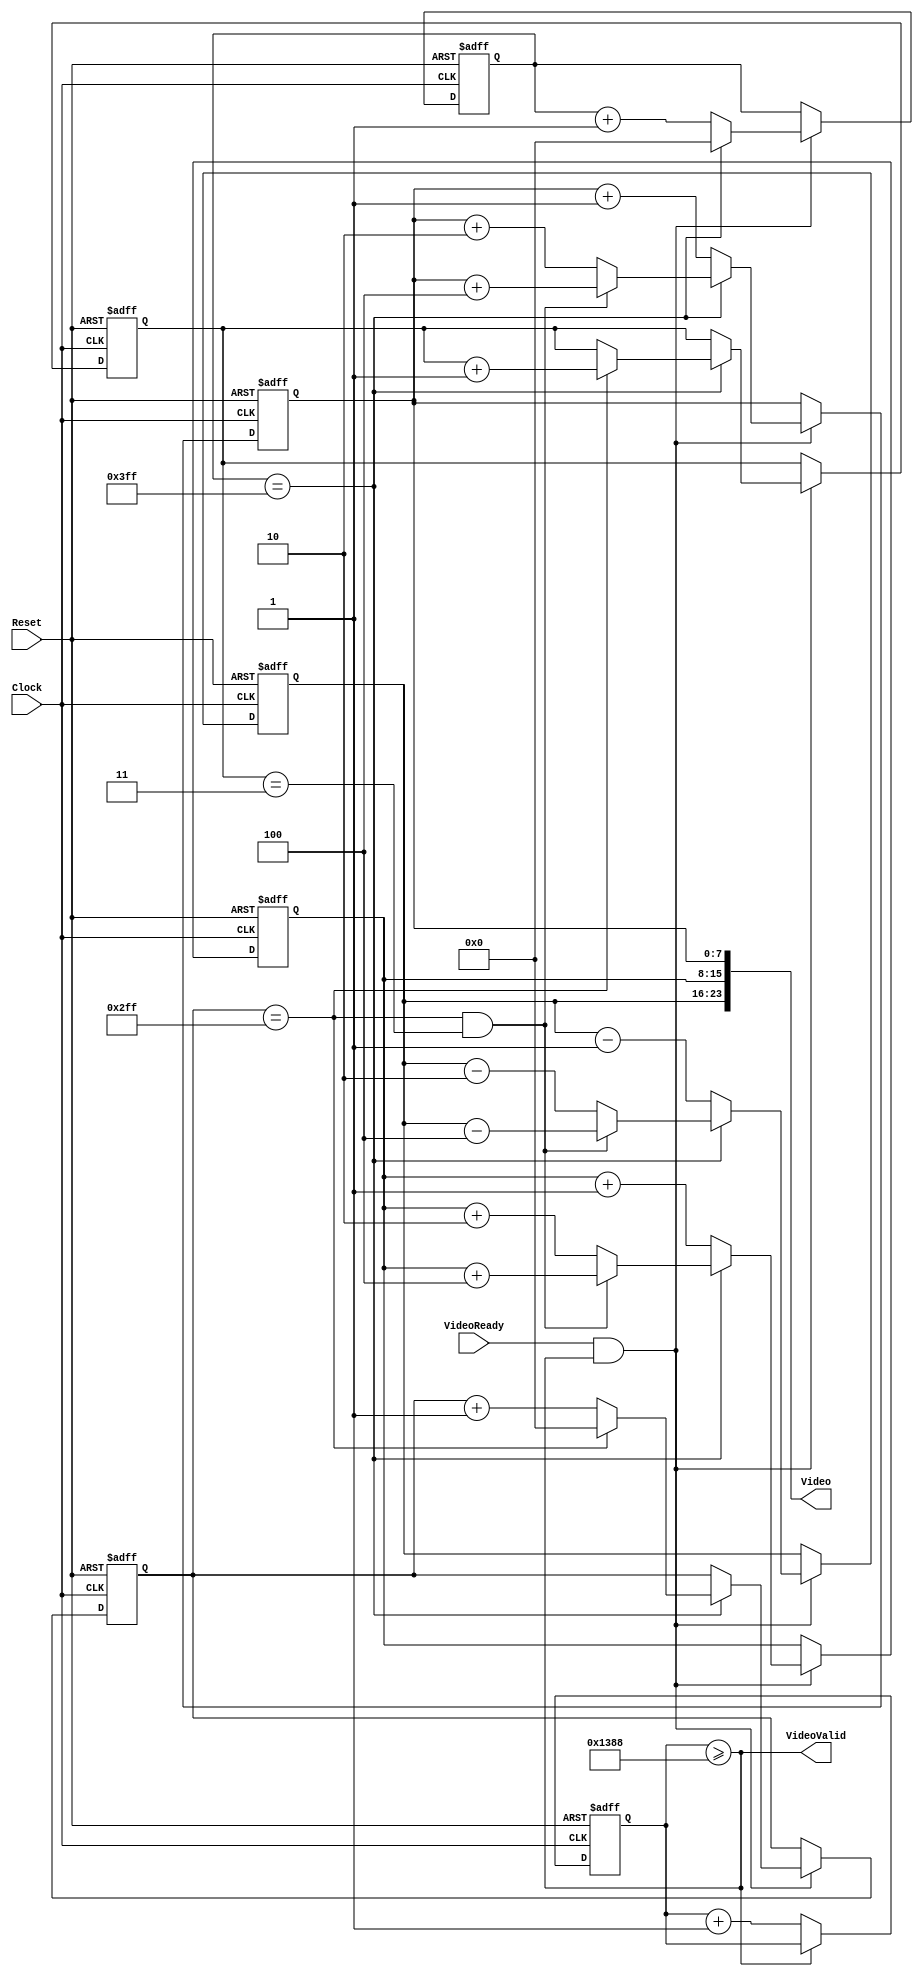
`timescale 1ns/1ps

module CPG (
	input					Clock, 
	input					Reset,

	input					VideoReady,
	output					VideoValid,
	output	[23:0]			Video 
);

reg		[32-1: 0]		cnt_idle;
always @ (posedge Clock or negedge Reset) begin
	if (~Reset) begin
		cnt_idle <= {32{1'b0}};
	end else if (~VideoValid) begin
		cnt_idle <= cnt_idle + 1'b1;
	end
end

assign VideoValid = (cnt_idle>=32'd5000);

reg		[ 8-1: 0]		cnt_color_r;
reg		[ 8-1: 0]		cnt_color_g;
reg		[ 8-1: 0]		cnt_color_b;
reg		[13-1: 0]		cnt_color;
reg		[13-1: 0]		cnt_line;
reg		[ 3-1: 0]		cnt_frame;
always @ (posedge Clock or negedge Reset) begin
	if (~Reset) begin
		cnt_color   <= {13{1'b0}};
		cnt_line		<= {13{1'b0}};
		cnt_frame	<= { 2{1'b0}};
		cnt_color_r <= {8{1'b1}};
		cnt_color_g <= {8{1'b0}};
		cnt_color_b <= {8{1'b0}};
	end else if (VideoReady&VideoValid) begin
		if (cnt_color == 1024-1) begin
			if (cnt_line == 768-1) begin
				cnt_line    <= 0;
				cnt_frame  <= cnt_frame+1;
			end else begin
				cnt_line    <= cnt_line+1;
			end
			if ((cnt_line == 768-1)&(cnt_frame==2'b11)) begin
				cnt_color   <= 0;
	 			cnt_color_r <= cnt_color_r - 8'h4;
				cnt_color_g <= cnt_color_g + 8'h4;
				cnt_color_b <= cnt_color_b + 8'h4;
			end else begin
				cnt_color   <= 0;
	 			cnt_color_r <= cnt_color_r - 8'h2;
				cnt_color_g <= cnt_color_g + 8'h2;
				cnt_color_b <= cnt_color_b + 8'h2;
			end
		end else begin
			cnt_color   <= cnt_color   + 1'h1;
			cnt_color_r <= cnt_color_r - 8'h1;
			cnt_color_g <= cnt_color_g + 8'h1;
			cnt_color_b <= cnt_color_b + 8'h1;
		end
	end
end 

assign Video = {cnt_color_r,cnt_color_g,cnt_color_b};

endmodule